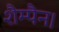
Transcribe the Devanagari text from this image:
शैम्पैन।